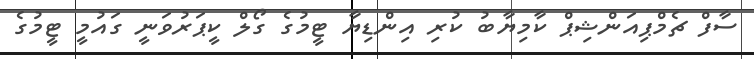
ސާފް ޗެމްޕިއަންޝިޕް ކާމިޔާބު ކުރި އިންޑިޔާ ޓީމުގެ ގޯލް ކީޕަރުވަނީ ގައުމީ ޓީމުގެ